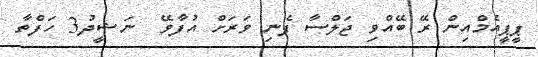
ޕީޕީއެމްއިން ރޭ ބޭއްވި ޖަލްސާ ފެނި ވަރަށް އުފާވޭ  ނަޝީދު3 ހަފްތާ